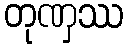
တုဏှဿ